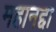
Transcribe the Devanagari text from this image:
महानद्दा